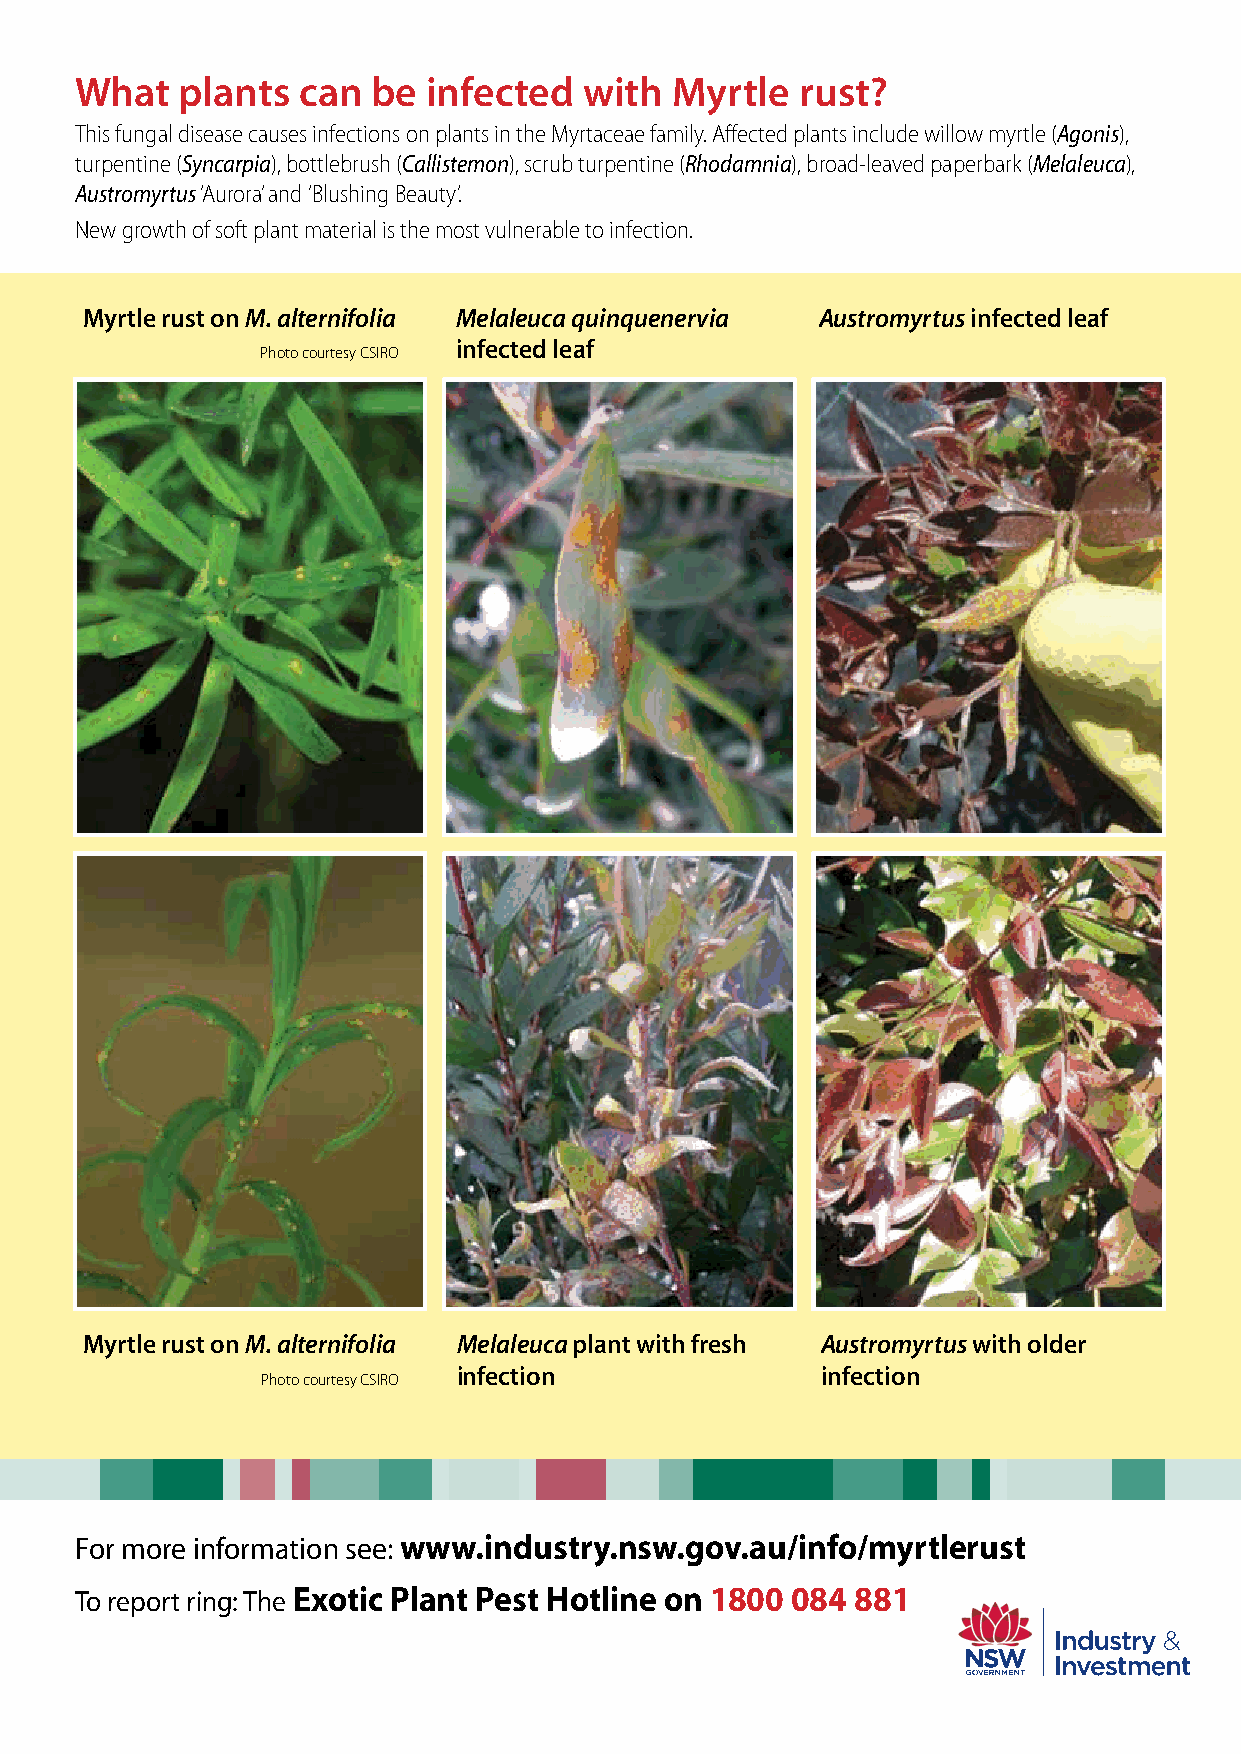
What   plants  can  be infected   with Myrtle   rust?
 This fungal disease causes infections on plants in the Myrtaceae family. Affected plants include willow myrtle (Agonis),
 turpentine (Syncarpia), bottlebrush (Callistemon), scrub turpentine (Rhodamnia), broad-leaved paperbark (Melaleuca),
 Austromyrtus ‘Aurora’ and ‘Blushing Beauty’.
 New growth of soft plant material is the most vulnerable to infection.
 Myrtle rust on M. alternifolia Melaleuca quinquenervia Austromyrtus infected leaf
 infected leaf
 Photo courtesy CSIRO
 Myrtle rust on M. alternifolia Melaleuca plant with fresh Austromyrtus with older
 infection               infection
 Photo courtesy CSIRO
 For more information see: www.industry.nsw.gov.au/info/myrtlerust
 To report ring: The Exotic Plant Pest Hotline on 1800 084 881